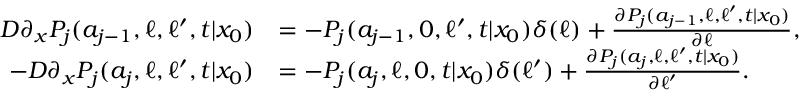
\begin{array} { r l } { D \partial _ { x } P _ { j } ( a _ { j - 1 } , \ell , \ell ^ { \prime } , t | x _ { 0 } ) } & { = - P _ { j } ( a _ { j - 1 } , 0 , \ell ^ { \prime } , t | x _ { 0 } ) \delta ( \ell ) + \frac { \partial P _ { j } ( a _ { j - 1 } , \ell , \ell ^ { \prime } , t | x _ { 0 } ) } { \partial \ell } , } \\ { - D \partial _ { x } P _ { j } ( a _ { j } , \ell , \ell ^ { \prime } , t | x _ { 0 } ) } & { = - P _ { j } ( a _ { j } , \ell , 0 , t | x _ { 0 } ) \delta ( \ell ^ { \prime } ) + \frac { \partial P _ { j } ( a _ { j } , \ell , \ell ^ { \prime } , t | x _ { 0 } ) } { \partial \ell ^ { \prime } } . } \end{array}